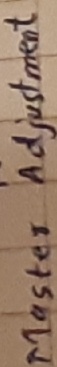
Text: MASTER ADJUSTMENT